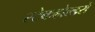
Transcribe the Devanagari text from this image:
स्टेकहोल्डरों